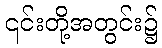
၎င်းတို့အတွင်း၌